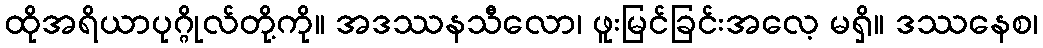
ထိုအရိယာပုဂ္ဂိုလ်တို့ကို။ အဒဿနသီလော၊ ဖူးမြင်ခြင်းအလေ့ မရှိ။ ဒဿနေစ၊